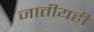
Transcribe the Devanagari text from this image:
जातीयही